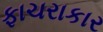
ફાચરાકાર